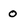
Character: o